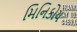
મિનિકોય